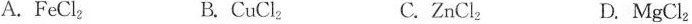
A. FeCl_{ 2 } B. CuCl_{ 2 } C. ZnCl_{ 2 } D. MgCl_{ 2 }